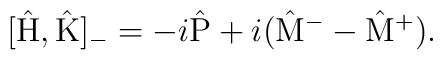
[\hat{\rm H} , \hat{\rm K}]_{-} = -i \hat{\rm P} +i (\hat{\rm M}^{-} - \hat{\rm M}^{+} ).